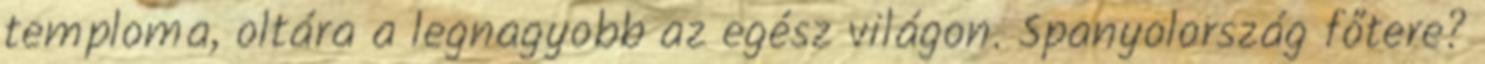
temploma, oltára a legnagyobb az egész világon. Spanyolország főtere?